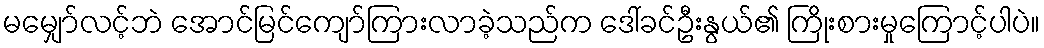
မမျှော်လင့်ဘဲ အောင်မြင်ကျော်ကြားလာခဲ့သည်က ဒေါ်ခင်ဦးနွယ်၏ ကြိုးစားမှုကြောင့်ပါပဲ။